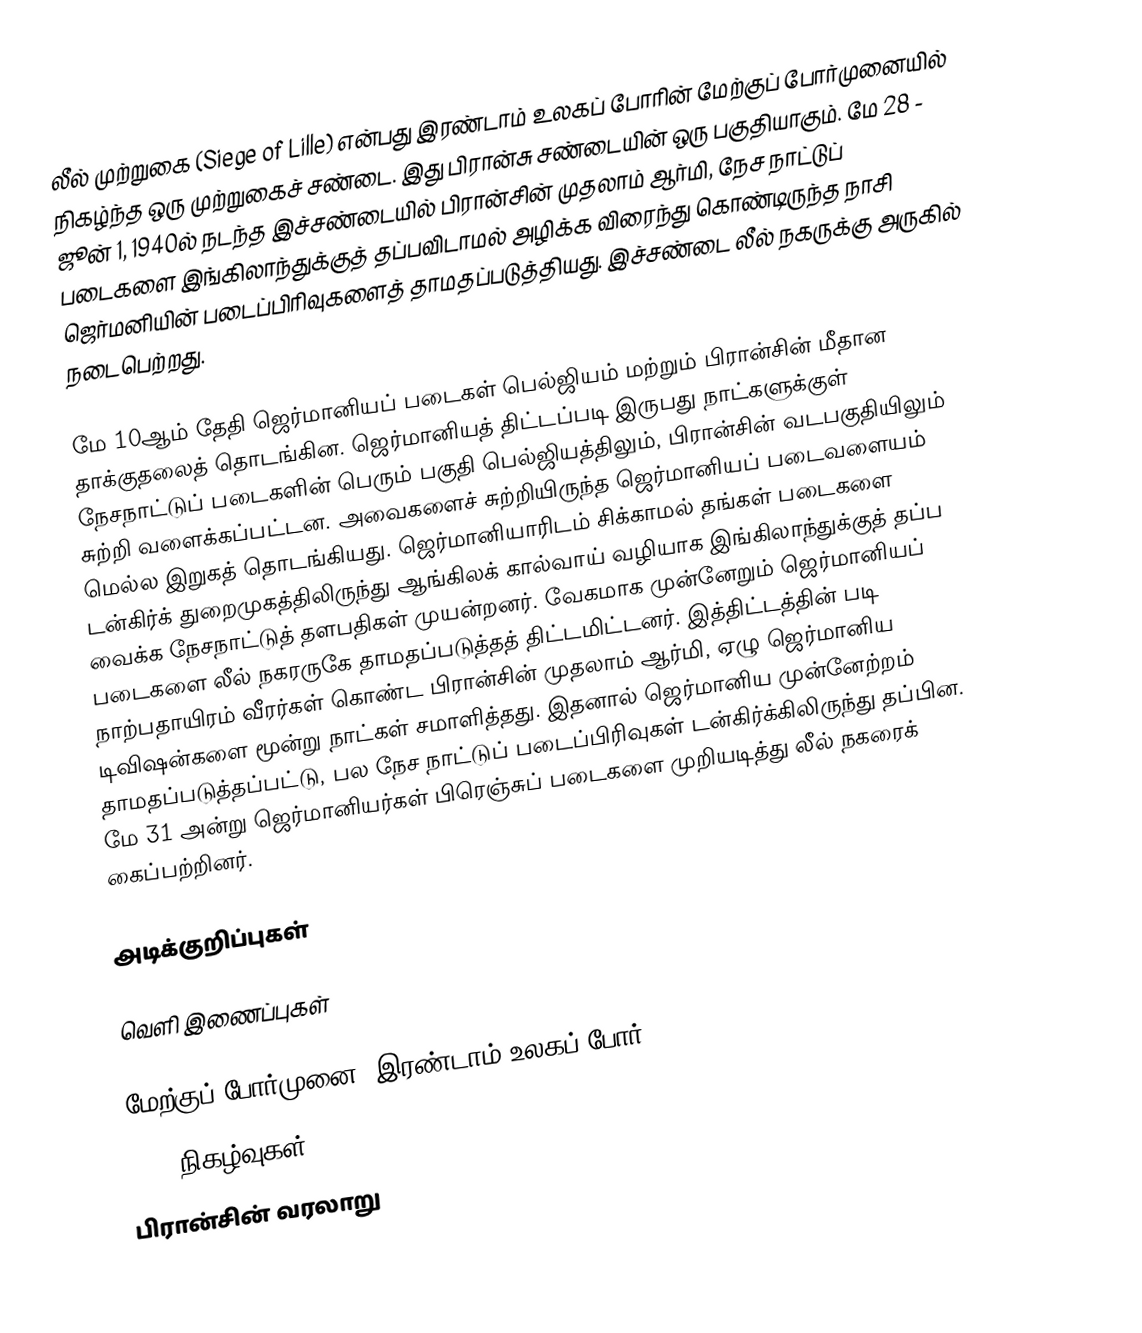
லீல் முற்றுகை (Siege of Lille) என்பது இரண்டாம் உலகப் போரின் மேற்குப் போர்முனையில் நிகழ்ந்த ஒரு முற்றுகைச் சண்டை. இது பிரான்சு சண்டையின் ஒரு பகுதியாகும். மே 28 - ஜூன் 1, 1940ல் நடந்த இச்சண்டையில் பிரான்சின் முதலாம் ஆர்மி, நேச நாட்டுப் படைகளை இங்கிலாந்துக்குத் தப்பவிடாமல் அழிக்க விரைந்து கொண்டிருந்த நாசி ஜெர்மனியின் படைப்பிரிவுகளைத் தாமதப்படுத்தியது. இச்சண்டை லீல் நகருக்கு அருகில் நடைபெற்றது.

மே 10ஆம் தேதி ஜெர்மானியப் படைகள் பெல்ஜியம் மற்றும் பிரான்சின் மீதான தாக்குதலைத் தொடங்கின. ஜெர்மானியத் திட்டப்படி இருபது நாட்களுக்குள் நேசநாட்டுப் படைகளின் பெரும் பகுதி பெல்ஜியத்திலும், பிரான்சின் வடபகுதியிலும் சுற்றி வளைக்கப்பட்டன. அவைகளைச் சுற்றியிருந்த ஜெர்மானியப் படைவளையம் மெல்ல இறுகத் தொடங்கியது. ஜெர்மானியாரிடம் சிக்காமல் தங்கள் படைகளை டன்கிர்க் துறைமுகத்திலிருந்து ஆங்கிலக் கால்வாய் வழியாக இங்கிலாந்துக்குத் தப்ப வைக்க நேசநாட்டுத் தளபதிகள் முயன்றனர். வேகமாக முன்னேறும் ஜெர்மானியப் படைகளை லீல் நகரருகே தாமதப்படுத்தத் திட்டமிட்டனர். இத்திட்டத்தின் படி நாற்பதாயிரம் வீரர்கள் கொண்ட பிரான்சின் முதலாம் ஆர்மி, ஏழு ஜெர்மானிய டிவிஷன்களை மூன்று நாட்கள் சமாளித்தது. இதனால் ஜெர்மானிய முன்னேற்றம் தாமதப்படுத்தப்பட்டு, பல நேச நாட்டுப் படைப்பிரிவுகள் டன்கிர்க்கிலிருந்து தப்பின. மே 31 அன்று ஜெர்மானியர்கள் பிரெஞ்சுப் படைகளை முறியடித்து லீல் நகரைக் கைப்பற்றினர்.

அடிக்குறிப்புகள்

வெளி இணைப்புகள்

மேற்குப் போர்முனை (இரண்டாம் உலகப் போர்)
1940 நிகழ்வுகள்
பிரான்சின் வரலாறு